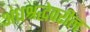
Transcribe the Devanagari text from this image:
अंधश्रद्धेवरील